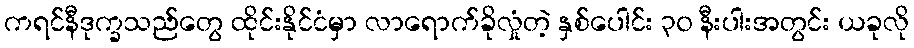
ကရင်နီဒုက္ခသည်တွေ ထိုင်းနိုင်ငံမှာ လာရောက်ခိုလှုံတဲ့ နှစ်ပေါင်း ၃၀ နီးပါးအတွင်း ယခုလို